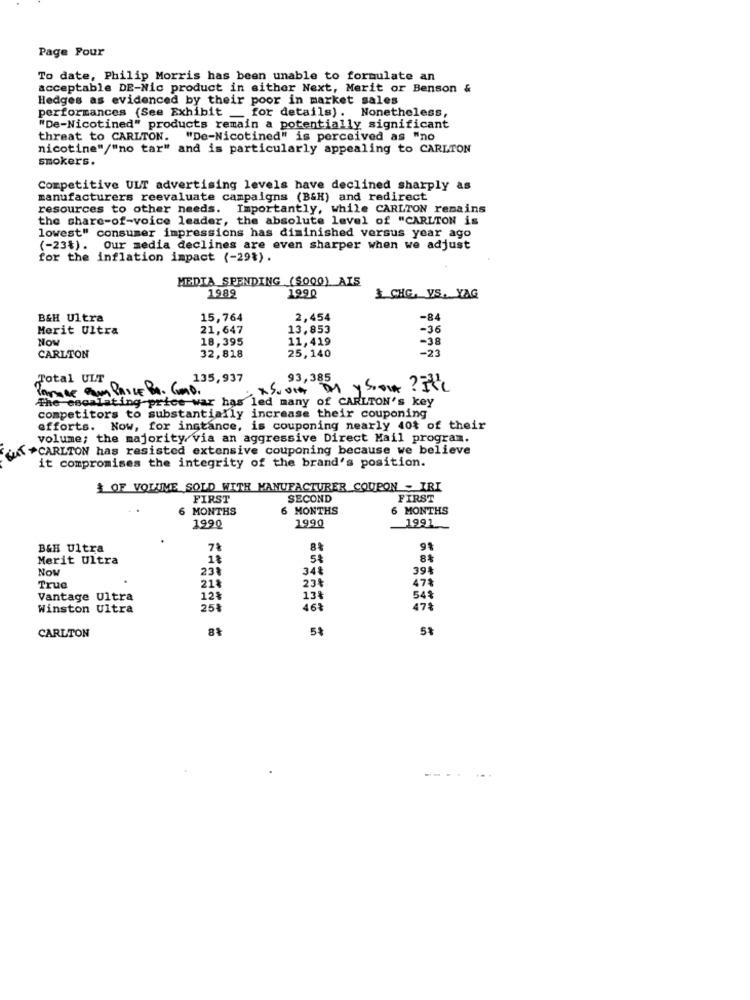
Page Pour
To date, Philip Morris has been unable to formulate an
acceptable DE-Nic product in either Next, Merit or Benson &
Hedges as evidenced by their poor in market sales
performances (See Exhibit _ for details). Nonetheless,
"De-Nicotined" products remain a potentially significant
threat to CARLTON. "De-Nicotined" is perceived as "no
nicotine"/"no tar" and is particularly appealing to CARLTON
smokers.
Competitive ULT advertising levels have declined sharply as
manufacturers reevaluate campaigns (B&H) and redirect
resources to other needs. Importantly, while CARLTON remains
the share-of-voice leader, the absolute level of "CARLTON is
lowest" consumer impressions has diminished versus year ago
(-23%). Our media declines are even sharper when we adjust
for the inflation impact (-29%).
MEDIA SPENDING (S000) AIS
1989
1990
& CHG. VS. YAG
B&H Ultra
15,764
2,454
-84
Merit Ultra
21,647
13,853
-36
Now
18,395
11,419
-38
25,140
-23
CARLTON
32,818
Total ULT
135,937
93,385
Parece Pam PRICE BA. Como.
· x Sona on y soon ?ILL
The escalating-price war has led many of CARLTON's key
competitors to substantially increase their couponing
efforts. Now, for instance, is couponing nearly 40% of their
volume; the majority via an aggressive Direct Mail program.
*CARLTON has resisted extensive couponing because we believe
it compromises the integrity of the brand's position.
& OF VOLUME SOLD WITH MANUFACTURER COUPON - IRI
FIRST
SECOND
FIRST
6 MONTHS
6 MONTHS
6 MONTHS
1990
1991
1990
B&H Ultra
7%
8
Merit Ultra
1%
54
84
Now
23%
34
39%
21%
True
23₺
47%
Vantage Ultra
12%
13%
54%
Winston Ultra
25%
46₺
47%
5%
in
CARLTON
--..